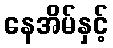
နေအိမ်နှင့်